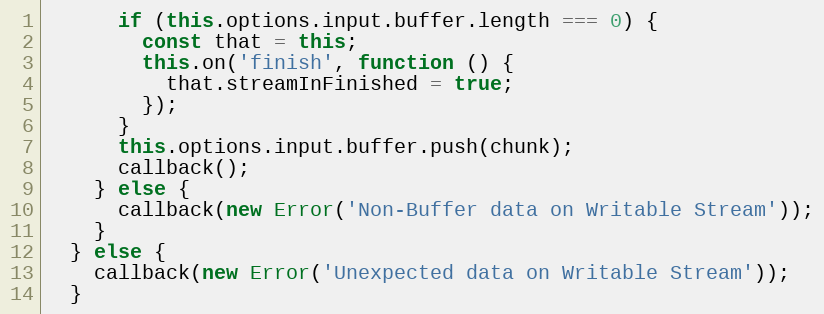
Language: JavaScript
      if (this.options.input.buffer.length === 0) {
        const that = this;
        this.on('finish', function () {
          that.streamInFinished = true;
        });
      }
      this.options.input.buffer.push(chunk);
      callback();
    } else {
      callback(new Error('Non-Buffer data on Writable Stream'));
    }
  } else {
    callback(new Error('Unexpected data on Writable Stream'));
  }